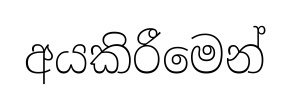
අයකිරීමෙන්